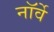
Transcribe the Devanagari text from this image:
नाॅर्वे